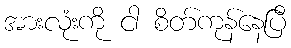
အားလုံးကို ငါ စိတ်ကုန်နေပြီ